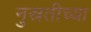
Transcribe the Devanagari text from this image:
नुस्रतीच्या